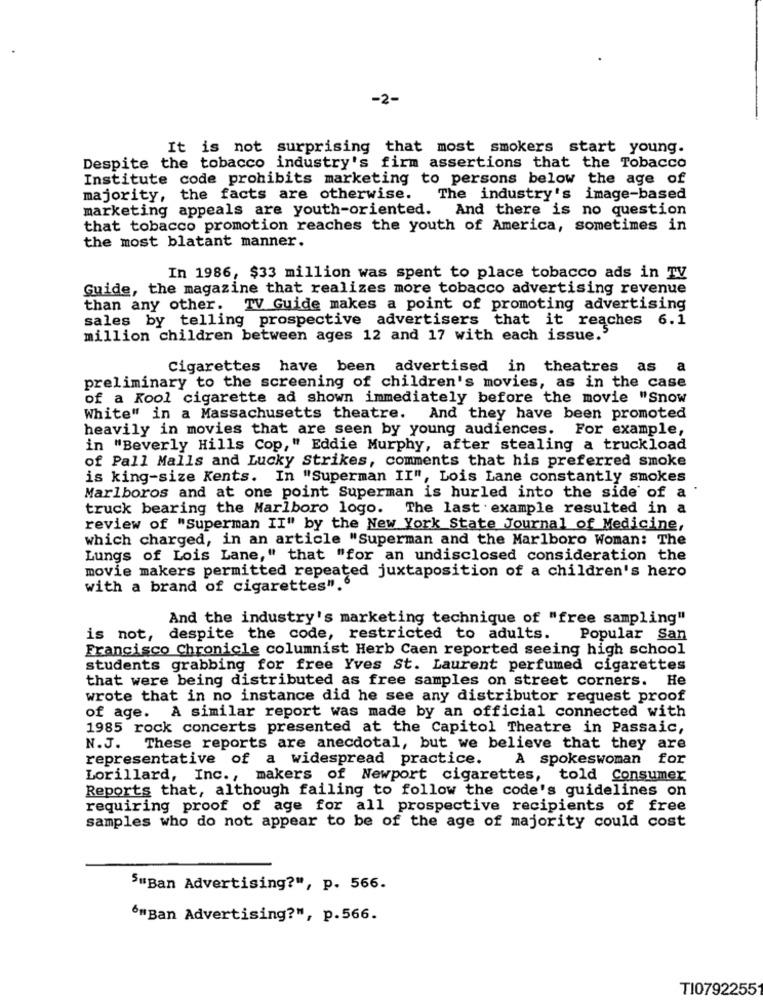
-2-
It is not surprising that most smokers start young.
Despite the tobacco industry's firm assertions that the Tobacco
Institute code prohibits marketing to persons below the age of
majority, the facts are otherwise.
The industry's image-based
marketing appeals are youth-oriented. And there is no question
that tobacco promotion reaches the youth of America, sometimes in
the most blatant manner.
In 1986, $33 million was spent to place tobacco ads in TV
Guide, the magazine that realizes more tobacco advertising revenue
than any other. TV Guide makes a point of promoting advertising
sales by telling prospective advertisers that it reaches 6.1
million children between ages 12 and 17 with each issue.'
Cigarettes have been advertised in theatres as a
preliminary to the screening of children's movies, as in the case
of a Kool cigarette ad shown immediately before the movie "Snow
White" in a Massachusetts theatre.
And they have been promoted
heavily in movies that are seen by young audiences.
For example,
in "Beverly Hills Cop," Eddie Murphy, after stealing a truckload
of Pall Malls and Lucky Strikes, comments that his preferred smoke
is king-size Kents. In "Superman II", Lois Lane constantly smokes
Marlboros and at one point Superman is hurled into the side of a
truck bearing the Marlboro logo.
The last . example resulted in a
review of "Superman II" by the New York State Journal of Medicine,
which charged, in an article "Superman and the Marlboro Woman: The
Lungs of Lois Lane," that "for an undisclosed consideration the
movie makers permitted repeated juxtaposition of a children's hero
with a brand of cigarettes".6
And the industry's marketing technique of "free sampling"
is not, despite the code, restricted to adults.
Popular San
Francisco Chronicle columnist Herb Caen reported seeing high school
students grabbing for free Yves St. Laurent perfumed cigarettes
that were being distributed as free samples on street corners. He
wrote that in no instance did he see any distributor request proof
of age. A similar report was made by an official connected with
1985 rock concerts presented at the Capitol Theatre in Passaic,
N.J. These reports are anecdotal, but we believe that they are
representative of a widespread practice.
A spokeswoman for
Lorillard, Inc ., makers of Newport cigarettes, told Consumer
Reports that, although failing to follow the code's guidelines on
requiring proof of age for all prospective recipients of free
samples who do not appear to be of the age of majority could cost
5"Ban Advertising?", p. 566.
6"Ban Advertising?", p.566.
TI0792255